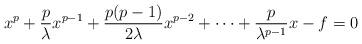
LaTeX: \begin{align*} x^p + \frac{p}{\lambda} x^{p-1} + \frac{p(p-1)}{2\lambda} x^{p-2} + \cdots + \frac{p}{\lambda^{p-1}}x - f = 0 \end{align*}